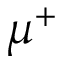
\mu ^ { + }